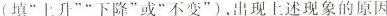
(填“上升”“下降”或“不变”)，出现上述现象的原因